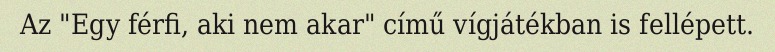
Az "Egy férfi, aki nem akar" című vígjátékban is fellépett.